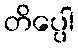
တိပ္ပေါ